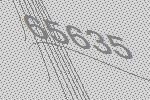
65635